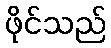
ဖိုင်သည်